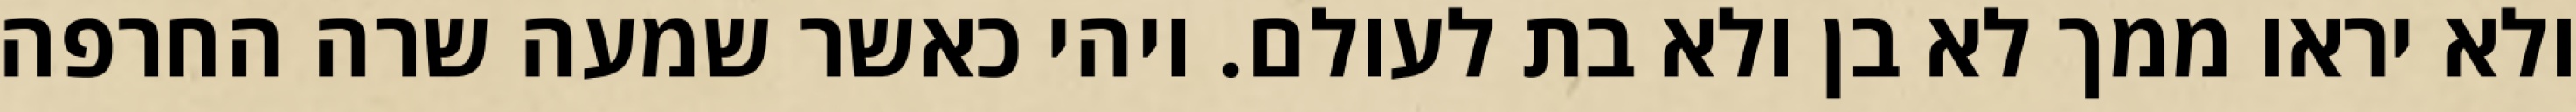
ולא יראו ממך לא בן ולא בת לעולם. ויהי כאשר שמעה שרה החרפה